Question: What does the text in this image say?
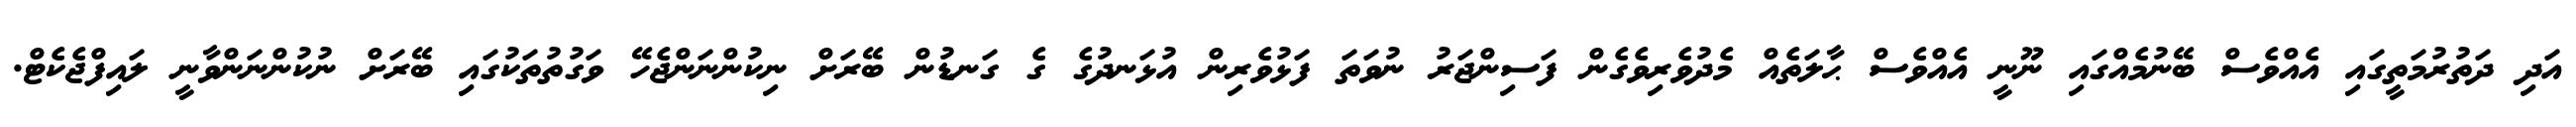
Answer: އަދި ދަތުރުމަތީގައި އެއްވެސް ބޭނުމެއްގައި ނޫނީ އެއްވެސް ޙާލަތެއް މެދުވެރިވެގެން ފަސިންޖަރު ނުވަތަ ފަޅުވެރިން އުޅަނދުގެ ގެ ގަނޑުން ބޭރަށް ނިކުންނަންޖެހޭ ވަގުތުތަކުގައި ބޭރަށް ނުކުންނަންވާނީ ލައިފްޖެކެޓް.